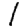
Digit: 1